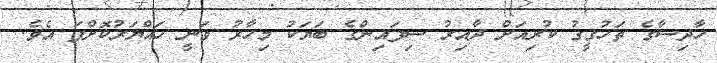
ހާދިސާގެ ތަހުގީގު ކުރިއަށް ދާއިރު ސިފައިންގެ ބަޔަކު މިހާރު ވަނީ ހައްޔަރުކޮށްފަ އެވެ.